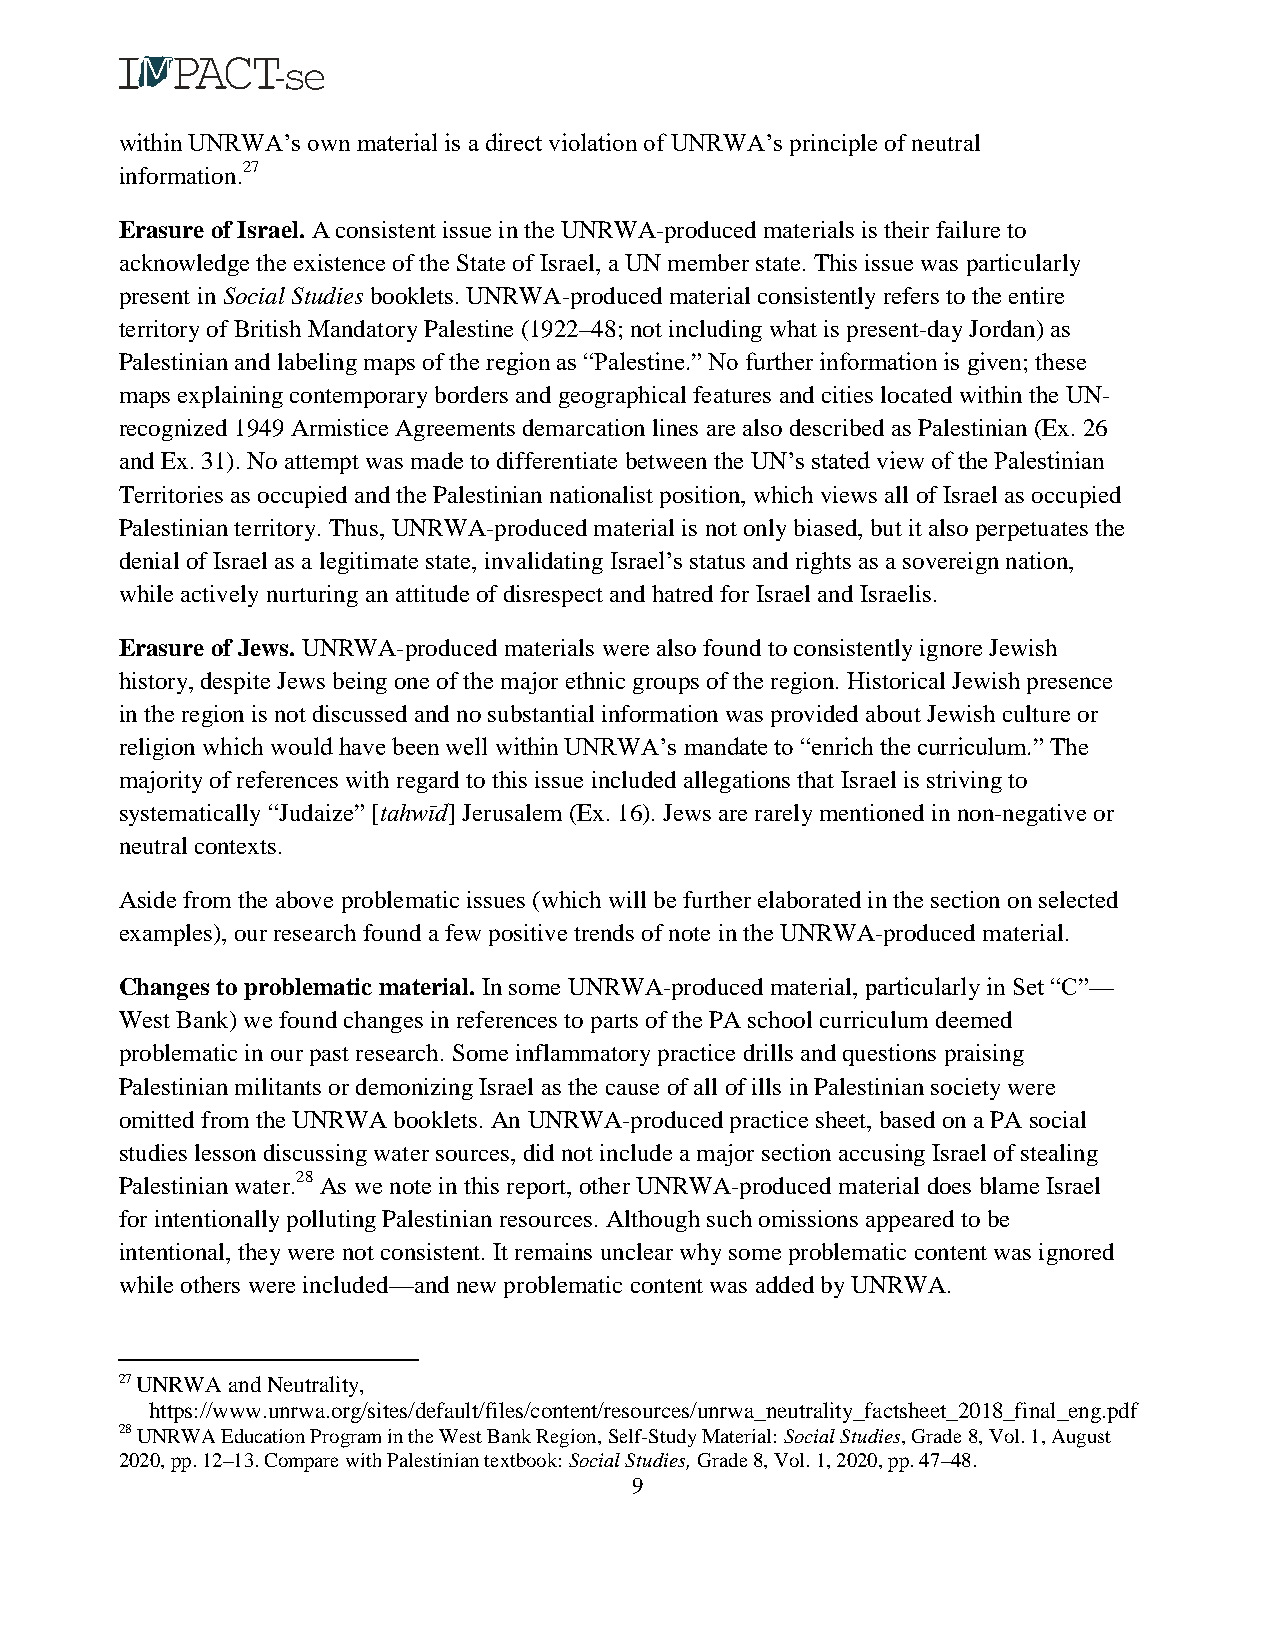
within UNRWA’s own material is a direct violation of UNRWA’s principle of neutral
 information.27
 Erasure of Israel. A consistent issue in the UNRWA-produced materials is their failure to
 acknowledge the existence of the State of Israel, a UN member state. This issue was particularly
 present in Social Studies booklets. UNRWA-produced material consistently refers to the entire
 territory of British Mandatory Palestine (1922–48; not including what is present-day Jordan) as
 Palestinian and labeling maps of the region as “Palestine.” No further information is given; these
 maps explaining contemporary borders and geographical features and cities located within the UN-
 recognized 1949 Armistice Agreements demarcation lines are also described as Palestinian (Ex. 26
 and Ex. 31). No attempt was made to differentiate between the UN’s stated view of the Palestinian
 Territories as occupied and the Palestinian nationalist position, which views all of Israel as occupied
 Palestinian territory. Thus, UNRWA-produced material is not only biased, but it also perpetuates the
 denial of Israel as a legitimate state, invalidating Israel’s status and rights as a sovereign nation,
 while actively nurturing an attitude of disrespect and hatred for Israel and Israelis.
 Erasure of Jews. UNRWA-produced materials were also found to consistently ignore Jewish
 history, despite Jews being one of the major ethnic groups of the region. Historical Jewish presence
 in the region is not discussed and no substantial information was provided about Jewish culture or
 religion which would have been well within UNRWA’s mandate to “enrich the curriculum.” The
 majority of references with regard to this issue included allegations that Israel is striving to
 systematically “Judaize” [tahwīd] Jerusalem (Ex. 16). Jews are rarely mentioned in non-negative or
 neutral contexts.
 Aside from the above problematic issues (which will be further elaborated in the section on selected
 examples), our research found a few positive trends of note in the UNRWA-produced material.
 Changes to problematic material. In some UNRWA-produced material, particularly in Set “C”—
 West Bank) we found changes in references to parts of the PA school curriculum deemed
 problematic in our past research. Some inflammatory practice drills and questions praising
 Palestinian militants or demonizing Israel as the cause of all of ills in Palestinian society were
 omitted from the UNRWA booklets. An UNRWA-produced practice sheet, based on a PA social
 studies lesson discussing water sources, did not include a major section accusing Israel of stealing
 Palestinian water.28 As we note in this report, other UNRWA-produced material does blame Israel
 for intentionally polluting Palestinian resources. Although such omissions appeared to be
 intentional, they were not consistent. It remains unclear why some problematic content was ignored
 while others were included—and new problematic content was added by UNRWA.
 27 UNRWA and Neutrality,
 https://www.unrwa.org/sites/default/files/content/resources/unrwa_neutrality_factsheet_2018_final_eng.pdf
 28 UNRWA Education Program in the West Bank Region, Self-Study Material: Social Studies, Grade 8, Vol. 1, August
 2020, pp. 12–13. Compare with Palestinian textbook: Social Studies, Grade 8, Vol. 1, 2020, pp. 47–48.
 9